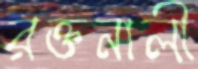
রক্তনালী